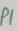
Text: P1